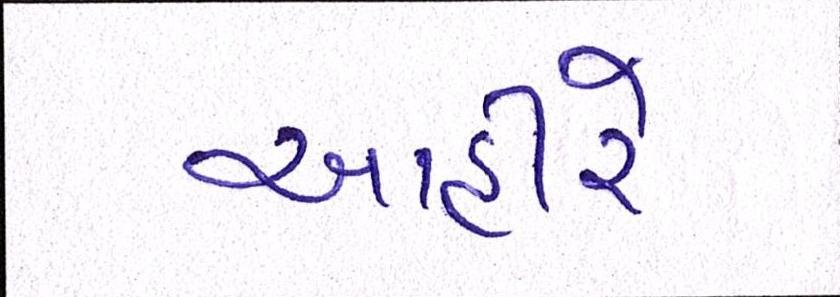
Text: આહીરે